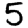
Digit: 5